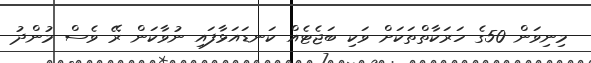
މިނިވަން 50ގެ ހަރަކާތްތަކަށް ވަކި ބަޖެޓެއް ކަނޑައަޅާފައި ނުވާކަން ރޭ ވެސް މުންދު